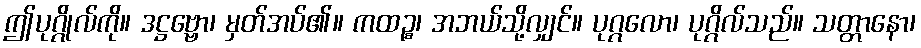
ဤပုဂ္ဂိုလ်ကို။ ဒဋ္ဌဗ္ဗော၊ မှတ်အပ်၏။ ကထဉ္စ၊ အဘယ်သို့လျှင်။ ပုဂ္ဂလော၊ ပုဂ္ဂိလ်သည်။ သတ္တာနော၊